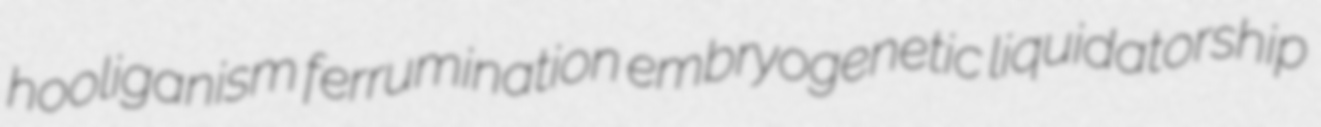
hooliganism ferrumination embryogenetic liquidatorship